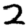
Digit: 2